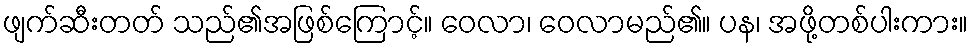
ဖျက်ဆီးတတ် သည်၏အဖြစ်ကြောင့်။ ဝေလာ၊ ဝေလာမည်၏။ ပန၊ အဖို့တစ်ပါးကား။